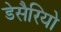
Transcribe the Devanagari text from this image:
डेसैरियो